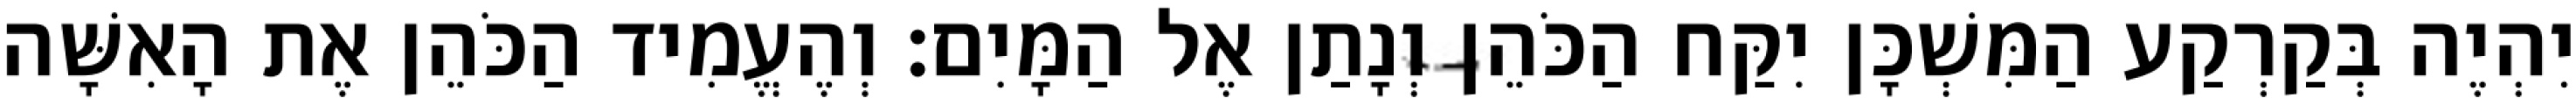
יִהְיֶה בְּקַרְקַע הַמִּשְׁכָּן יִקַּח הַכֹּהֵן וְנָתַן אֶל הַמָּיִם׃ וְהֶעֱמִיד הַכֹּהֵן אֶת הָאִשָּׁה